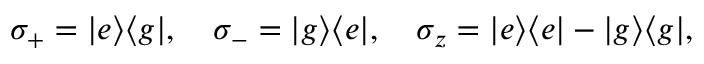
\sigma _ { + } = | e \rangle \langle g | , \quad \sigma _ { - } = | g \rangle \langle e | , \quad \sigma _ { z } = | e \rangle \langle e | - | g \rangle \langle g | ,